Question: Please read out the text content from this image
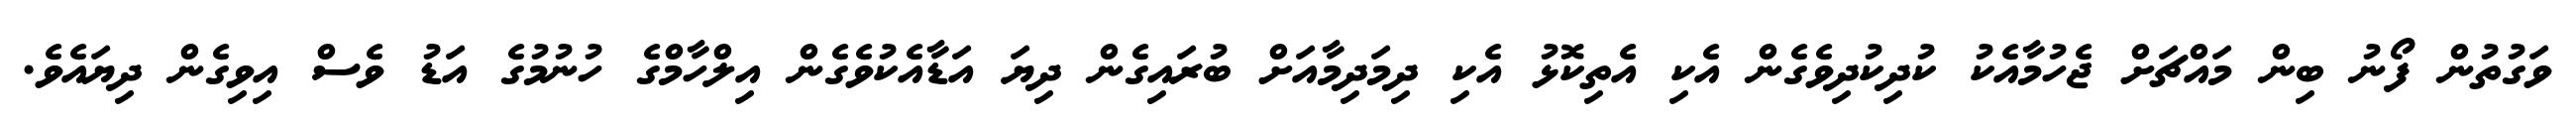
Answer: ވަގުތުން ފޯނު ބިން މައްޗަށް ޖެހުމާއެކު ކުދިކުދިވެގެން އެކި އެތިކޮޅު އެކި ދިމަދިމާއަށް ބުރައިގެން ދިޔަ އަޑާއެކުވެގެން އިލްހާމްގެ ހުނުމުގެ އަޑު ވެސް އިވިގެން ދިޔައެވެ.